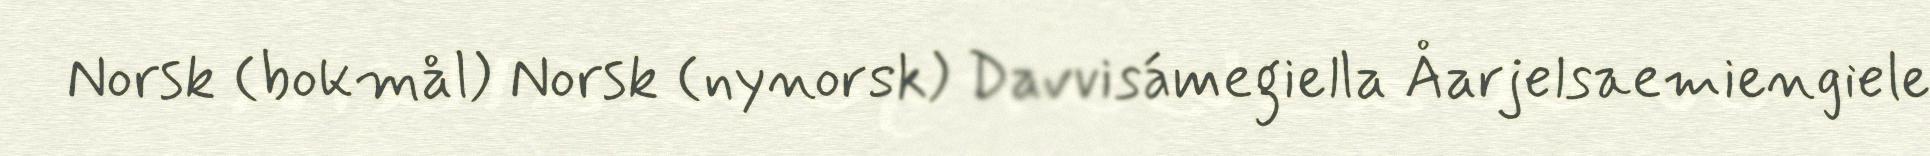
Norsk (bokmål) Norsk (nynorsk) Davvisámegiella Åarjelsaemiengiele